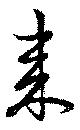
来